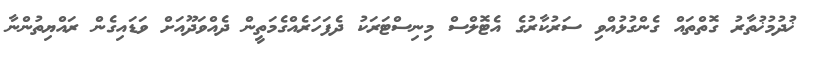
ޚުދުމުޚުތާރު ގޮތްތައް ގެންގުޅުއްވި ސަރުކާރުގެ އެޓޮލްސް މިނިސްޓަރަކު ދެފަހަރެއްގެމަތީން ދެއްވަދޫއަށް ވަޑައިގެން ރައްޔިތުންނާ